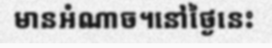
មានអំណាច។នៅថ្ងៃនេះ